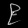
Digit: ၉